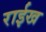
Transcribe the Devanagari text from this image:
राईख